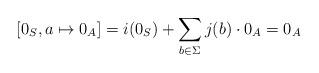
LaTeX: \begin{align*} [0_S, a\mapsto 0_A] = i(0_S) + \sum_{b\in\Sigma} j(b)\cdot 0_A = 0_A\end{align*}